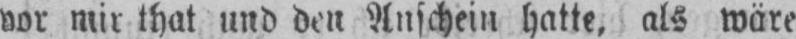
vor mir that und den Anschein hatte, als wäre